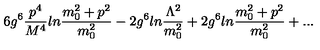
6 g ^ { 6 } { \frac { p ^ { 4 } } { M ^ { 4 } } } l n { \frac { m _ { 0 } ^ { 2 } + p ^ { 2 } } { m _ { 0 } ^ { 2 } } } - 2 g ^ { 6 } l n { \frac { \Lambda ^ { 2 } } { m _ { 0 } ^ { 2 } } } + 2 g ^ { 6 } l n { \frac { m _ { 0 } ^ { 2 } + p ^ { 2 } } { m _ { 0 } ^ { 2 } } } + . . .